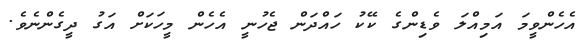
އެހެންވީމަ އަމިއްލަ ވެޑިންގެ ކޭކު ހައްދަން ޖެހުނީ އެހެން މީހަކަށް އަގު ދީގެންނެވެ.